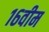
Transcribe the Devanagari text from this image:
१६वीम